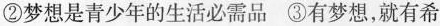
②梦想是青少年的生活必需品 ③有梦想，就有希